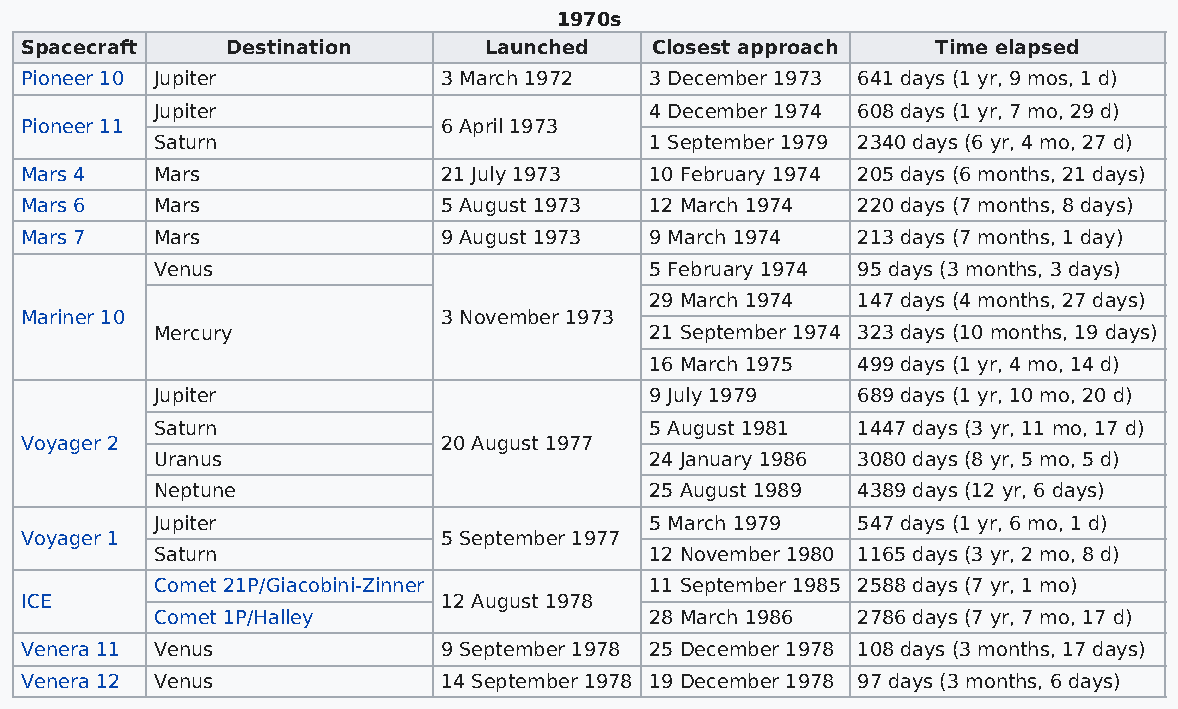
1970s
 Spacecraft    Destination      Launched   Closest approach   Time elapsed
 Pioneer 10 Jupiter          3 March 1972  3 December 1973 641 days (1 yr, 9 mos, 1 d)
 Jupiter                          4 December 1974 608 days (1 yr, 7 mo, 29 d)
 Pioneer 11                  6 April 1973
 Saturn                           1 September 1979 2340 days (6 yr, 4 mo, 27 d)
 Mars 4   Mars               21 July 1973  10 February 1974 205 days (6 months, 21 days)
 Mars 6   Mars               5 August 1973 12 March 1974 220 days (7 months, 8 days)
 Mars 7   Mars               9 August 1973 9 March 1974  213 days (7 months, 1 day)
 Venus                            5 February 1974 95 days (3 months, 3 days)
 29 March 1974 147 days (4 months, 27 days)
 Mariner 10                  3 November 1973
 Mercury                          21 September 1974 323 days (10 months, 19 days)
 16 March 1975 499 days (1 yr, 4 mo, 14 d)
 Jupiter                          9 July 1979   689 days (1 yr, 10 mo, 20 d)
 Saturn                           5 August 1981 1447 days (3 yr, 11 mo, 17 d)
 Voyager 2                   20 August 1977
 Uranus                           24 January 1986 3080 days (8 yr, 5 mo, 5 d)
 Neptune                          25 August 1989 4389 days (12 yr, 6 days)
 Jupiter                          5 March 1979  547 days (1 yr, 6 mo, 1 d)
 Voyager 1                   5 September 1977
 Saturn                           12 November 1980 1165 days (3 yr, 2 mo, 8 d)
 Comet 21P/Giacobini-Zinner       11 September 1985 2588 days (7 yr, 1 mo)
 ICE                         12 August 1978
 Comet 1P/Halley                  28 March 1986 2786 days (7 yr, 7 mo, 17 d)
 Venera 11 Venus             9 September 1978 25 December 1978 108 days (3 months, 17 days)
 Venera 12 Venus             14 September 1978 19 December 1978 97 days (3 months, 6 days)